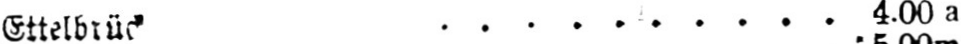
Ettelbrück .......... 4.00a